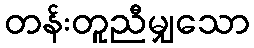
တန်းတူညီမျှသော